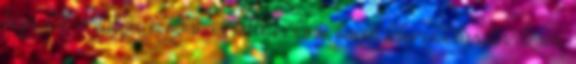
hajú, tall, ártatlan, nyilvános, iskolás lány, bugyi, leborotválás, tinédzser,